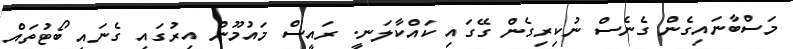
މަސްބާނައިގެން ގެނެސް ނުކިރިގެން ގޭގައި ކައްކާލަނީ. ރައީސް މައުމޫން އިރުގައި ގެނައި ބޯޓުތައް